system: You are a helpful assistant.
user:
Analyze the provided spectrum to determine if it is a **Carbon Star (C-type)**.

- **Key Visual Indicators of Carbon Star:**
    - **(Primary):** Strong molecular absorption from **C₂ (diatomic carbon) "Swan Bands."** This is the **defining feature** of a carbon star.
        - **(Key Bandheads):** Sharp absorption edges are visible at approximately $5635$ Å, $5165$ Å (the strongest band), and $4737$ Å.
        - **(Line Profile):** Creates a distinct **"saw-tooth"** pattern. The key morphology is a sharp, steep bandhead on the **red (long-wavelength) side**, which then gradually tapers off (i.e., flux recovers) towards the **blue (short-wavelength) side**. *(This is the direct opposite of the TiO bands seen in M-type stars)*.

    - **(Secondary):** Intense **CN (cyanogen)** molecular absorption bands.
        - **(Key Bandheads):** Located in the blue and violet regions of the spectrum (e.g., near $4215$ Å and $3883$ Å).
        - **(Morphology):** These bands are extremely broad and act as a "blanket," absorbing the vast majority of blue and violet light. This creates a characteristic **"cliff"** or **"steep drop-off"** in the spectrum's flux at short wavelengths.

    - **(Key Confirmation):** Strong **CH absorption band (G-band)**.
        - **(Key Bandhead):** Located around $4300$ Å. The contribution from CH molecules to this band is exceptionally strong.

    - **(Overall Spectrum):**
        - The continuum is severely "chopped up" by these deep molecular bands, especially C₂, rather than appearing as a smooth curve.
        - Due to the heavy CN and C₂ absorption in the blue-green, the vast majority of the star's flux is concentrated in the red part of the spectrum, giving the star its characteristic deep red color.

Think first, call **spectral_visualization_tool** if needed to examine features in detail, then provide your final answer. Your response must adhere to the following strict rules:
1.  **Overall Structure:** Your response must follow the format `<think>...</think> <tool_call>...</tool_call> (if a tool is used) <answer>...</answer>`.
2.  **Tool Usage Constraint:** You may only make **one** tool call per turn.
3.  **Final Answer Format:** In the `<answer>` tag, your conclusion must be inside a `\boxed{}` command (e.g., `\boxed{YES}`), followed by your justification.

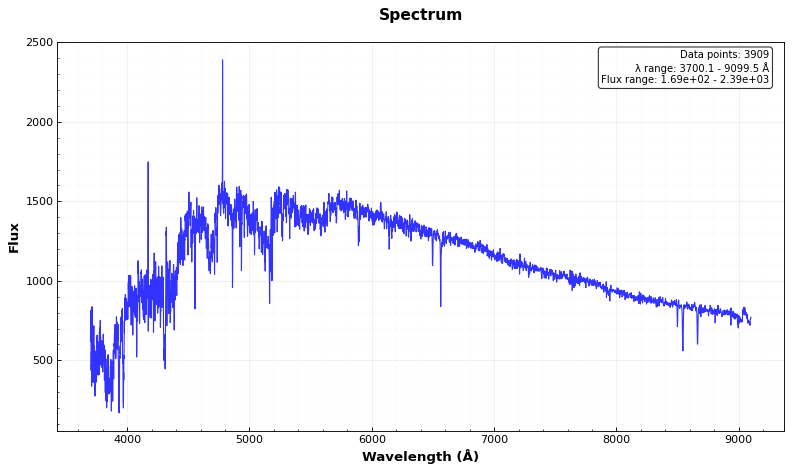
Answer: YES